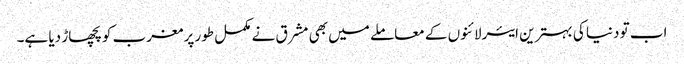
اب تو دنیا کی بہترین ایئرلائنوں کے معاملے میں بھی مشرق نے مکمل طور پر مغرب کو پچھاڑ دیا ہے۔